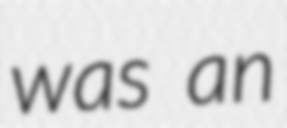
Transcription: was an